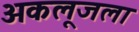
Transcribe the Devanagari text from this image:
अकलूजला